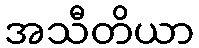
အသီတိယာ